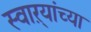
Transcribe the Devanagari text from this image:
स्वाऱ्यांच्या